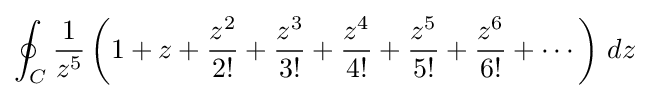
\oint _{C}{1 \over z^{5}}\left(1+z+{z^{2} \over 2!}+{z^{3} \over 3!}+{z^{4} \over 4!}+{z^{5} \over 5!}+{z^{6} \over 6!}+\cdots \right)\,dz